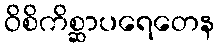
ဝိစိကိစ္ဆာပရေတေန